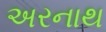
અરનાથ